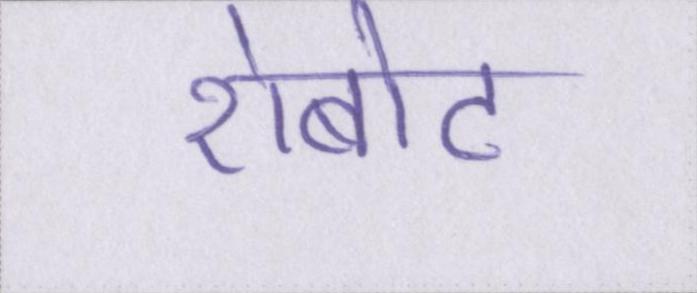
रोबोट